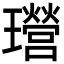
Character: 𤫎